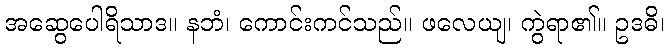
အဆွေပေါရိသာဒ။ နဘံ၊ ကောင်းကင်သည်။ ဖလေယျ၊ ကွဲရာ၏။ ဥဒဓိ၊